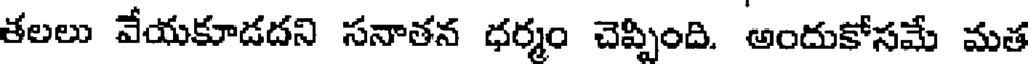
తలలు వేయకూడదని సనాతన ధర్మం చెప్పింది. అందుకోసమే మత